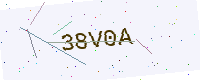
Text: 38V0A